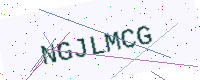
Text: NGJLMCG